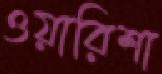
ওয়ারিশা